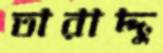
তারাদ্দু